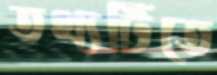
তথ্যটিতে